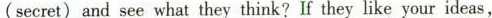
(secret)and see what they think? If they like your ideas,